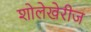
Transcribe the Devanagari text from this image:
शोलेखेरीज